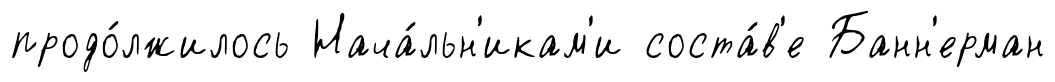
продо́лжилось Нача́льн'икам'и соста́в'е Банн'ерман